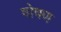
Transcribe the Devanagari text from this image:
षोषण